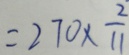
= 2 7 0 \times \frac { 2 } { 1 1 }